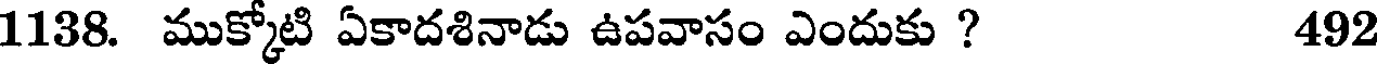
1138. ముక్కోటి ఏకాదశినాడు ఉపవాసం ఎందుకు ? 492